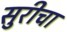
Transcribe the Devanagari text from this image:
सुरीचा